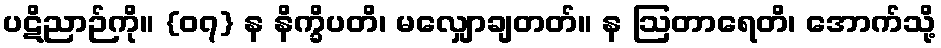
ပဋိညာဉ်ကို။ {၀၇} န နိက္ခိပတိ၊ မလျှောချတတ်။ န ဩတာရေတိ၊ အောက်သို့